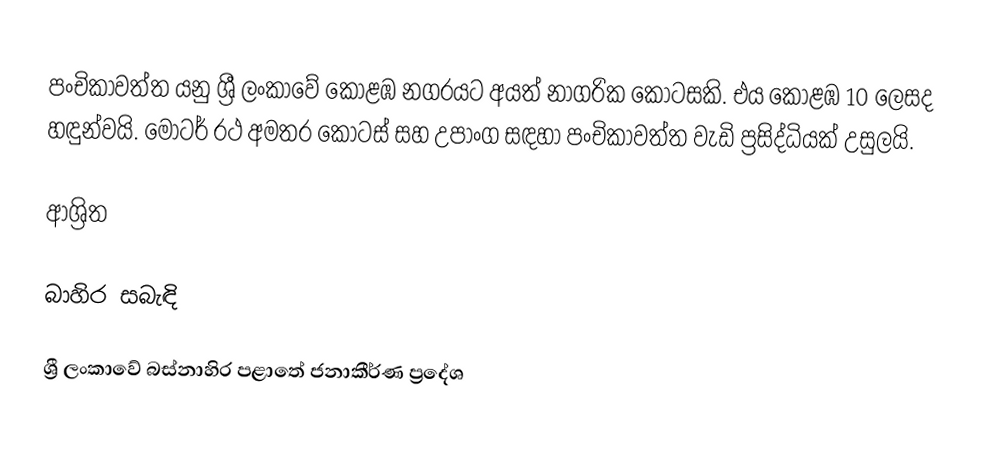
පංචිකාවත්ත යනු ශ්‍රී ලංකාවේ කොළඹ නගරයට අයත් නාගරික කොටසකි. එය කොළඹ 10 ලෙසද හඳුන්වයි. මෝටර් රථ අමතර කොටස් සහ උපාංග සඳහා පංචිකාවත්ත වැඩි ප්‍රසිද්ධියක් උසුලයි.

ආශ්‍රිත

බාහිර සබැඳි

ශ්‍රී ලංකාවේ බස්නාහිර පළාතේ ජනාකීර්ණ ප්‍රදේශ